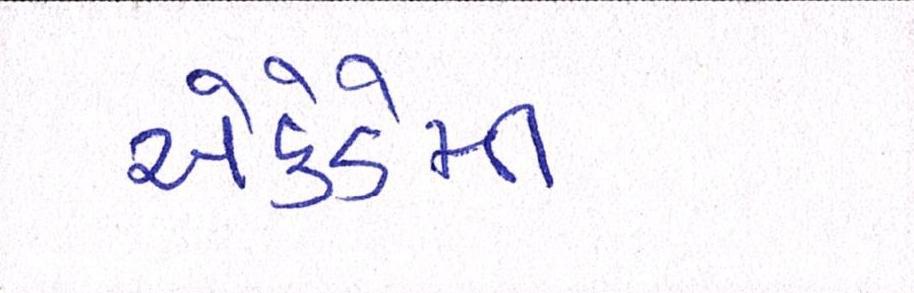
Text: એકેડેમી